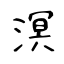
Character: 溟